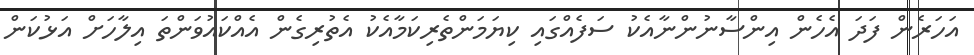
އަހަރެން ފަދަ އެހެން އިންސާނުންނާއެކު ސަފެއްގައި ކިޔަމަންތެރިކަމާއެކު އެތުރިގެން އެއްކައުވަންތަ އިލާހަށް އަޅުކަން